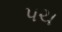
પચ